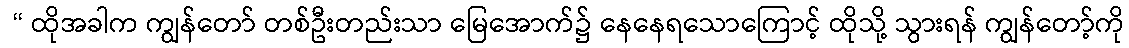
 “ ထိုအခါက ကျွန်တော် တစ်ဦးတည်းသာ မြေအောက်၌ နေနေရသောကြောင့် ထိုသို့ သွားရန် ကျွန်တော့်ကို